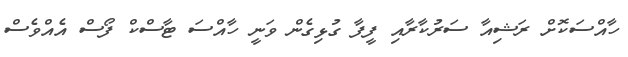
ހާއްސަކޮށް ރަޝިއާ ސަރުކާރާއި ފީފާ ގުޅިގެން ވަނީ ހާއްސަ ޓާސްކް ފޯސް އެއްވެސް